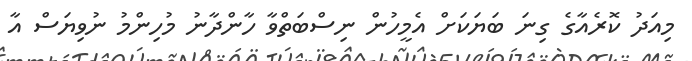
މިއަދު ކޮރެއާގެ ގިނަ ބަޔަކަށް އެމީހުން ނިސްބަތްވާ ހާންދާނު މުހިންމު ނުވިޔަސް އާ